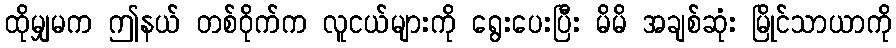
ထိုမျှမက ဤနယ် တစ်ဝိုက်က လူငယ်များကို ရွေးပေးပြီး မိမိ အချစ်ဆုံး မြိုင်သာယာကို